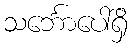
သင်္ဘောပေါ်ရှိ